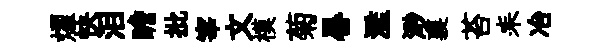
燿快泪瞻批宰文模菊晷濫𣺌襄苔耒冶